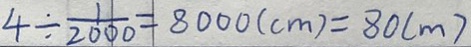
4 \div \frac { 1 } { 2 0 0 0 } = 8 0 0 0 ( c m ) = 8 0 ( m )